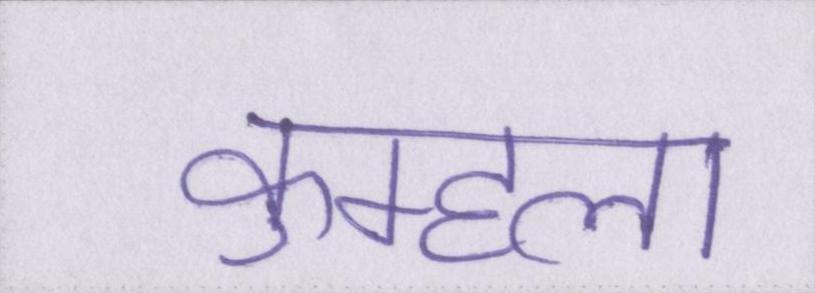
कुम्हला